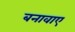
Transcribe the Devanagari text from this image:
बनावाए